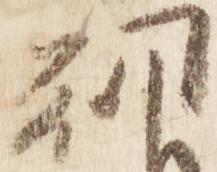
朝